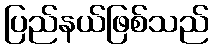
ပြည်နယ်ဖြစ်သည်